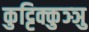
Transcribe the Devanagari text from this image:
कुट्टिक्कुञ्ञु